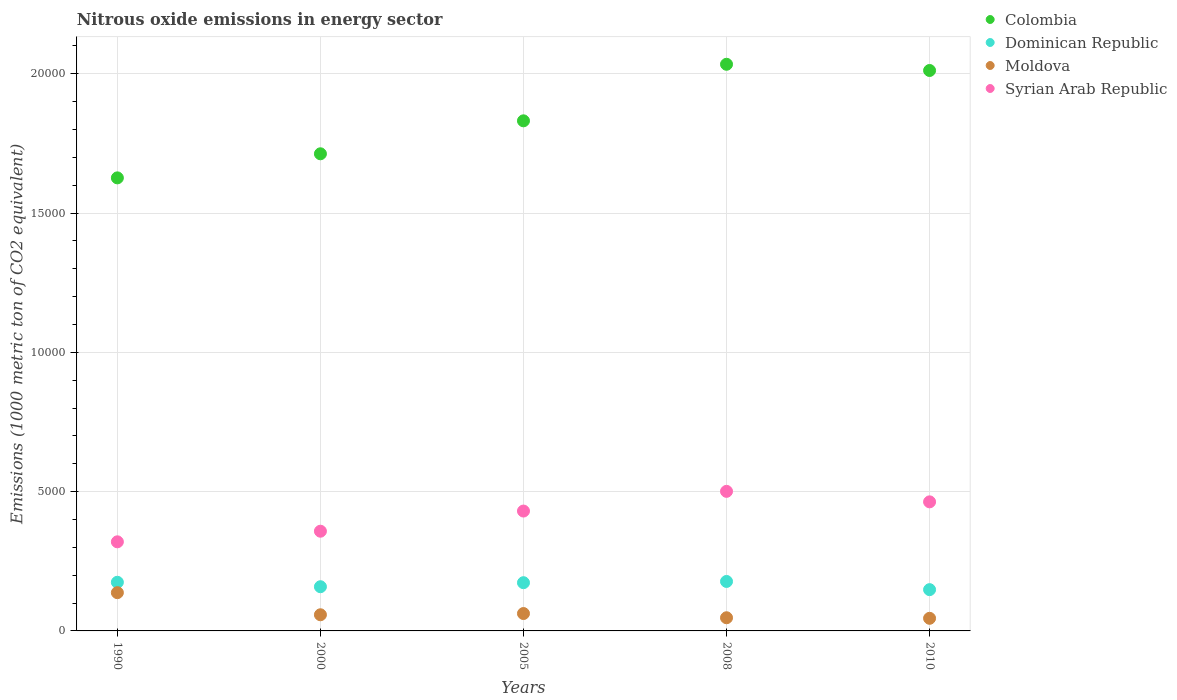
| Years | Colombia | Dominican Republic | Moldova | Syrian Arab Republic |
 | --- | --- | --- | --- | --- |
 | 1990 | 1.63e+04 | 1.75e+03 | 1.37e+03 | 3.2e+03 |
 | 2000 | 1.71e+04 | 1.59e+03 | 580 | 3.58e+03 |
 | 2005 | 1.83e+04 | 1.73e+03 | 624 | 4.3e+03 |
 | 2008 | 2.03e+04 | 1.78e+03 | 472 | 5.01e+03 |
 | 2010 | 2.01e+04 | 1.48e+03 | 453 | 4.63e+03 |